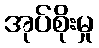
အုပ်စိုးမှု